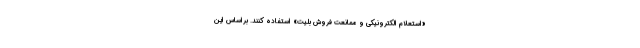
«استعلام الکترونیکی و ممانعت فروش بلیت» استفاده کنند. براساس این